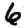
Digit: 6